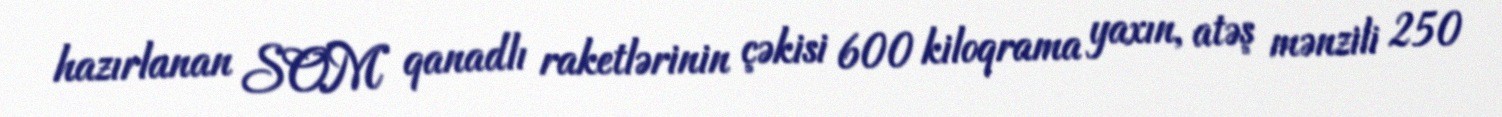
hazırlanan SOM qanadlı raketlərinin çəkisi 600 kiloqrama yaxın, atəş mənzili 250